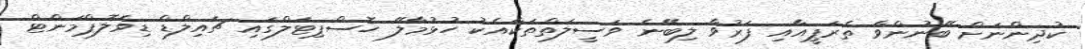
ކުދިންނަށް ބޭނުންވާ ތެރަޕީއާއި ފަރުވާ ލިބޭނެ ވަސީލަތްތަކާއެކު ހުޅުމާލޭ ހޮސްޕިޓަލްގައި ޗައިލްޑް ޑިވެލޮޕްމަންޓް